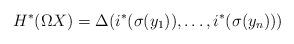
LaTeX: \begin{align*}H^{*}(\Omega X)=\Delta (i^* (\sigma ( y_1)), \dots, i^*(\sigma( y_n)))\end{align*}